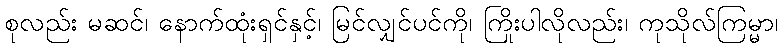
စုလည်း မဆင်၊ နောက်ထုံးရှင်နှင့်၊ မြင်လျှင်ပင်ကို၊ ကြိုးပါလိုလည်း၊ ကုသိုလ်ကြမ္မာ၊